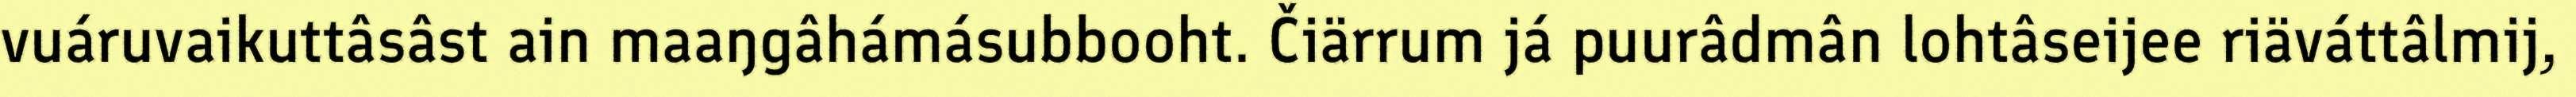
vuáruvaikuttâsâst ain maaŋgâhámásubbooht. Čiärrum já puurâdmân lohtâseijee riäváttâlmij,